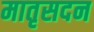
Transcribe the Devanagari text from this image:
मातृसदन